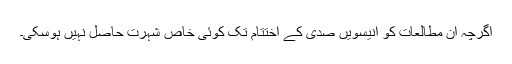
اگرچہ ان مطالعات کو انیسویں صدی کے اختتام تک کوئی خاص شہرت حاصل نہیں ہوسکی۔